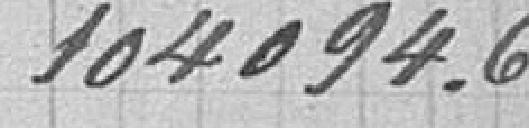
104094.68